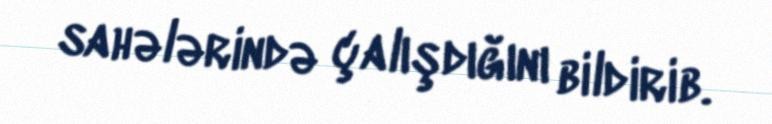
sahələrində çalışdığını bildirib.